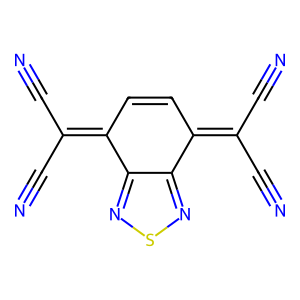
SMILES: N#CC(C#N)=c1ccc(=C(C#N)C#N)c2nsnc12
Inhibits HIV replication: No